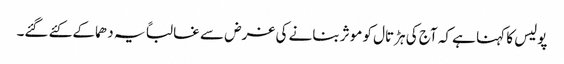
پولیس کا کہنا ہے کہ آج کی ہڑتال کو موثر بنانے کی غرض سے غالباً یہ دھماکے کئے گئے۔